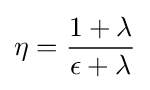
\eta ={\frac {1+\lambda }{\epsilon +\lambda }}